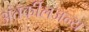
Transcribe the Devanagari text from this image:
अंतर्कीलजन्य